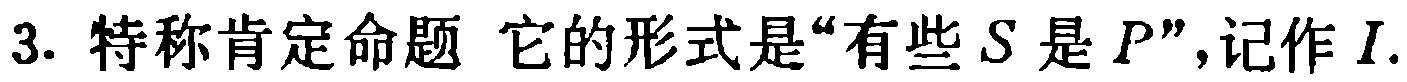
3. 特称肯定命题 它的形式是“有些\(S\)是\(P\)”，记作\(I\).